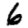
Digit: 6